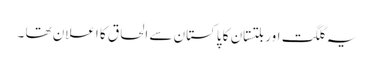
یہ گلگت اور بلتستان کا پاکستان سے الحاق کا اعلان تھا ۔